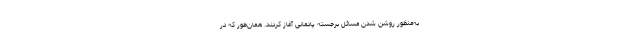
به‌منظور روشن شدن مسائل برجسته پادمانی آغاز کردند. همان‌طور که در